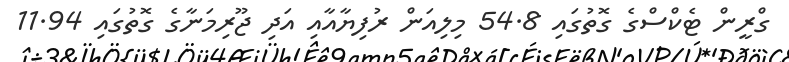
ގްރީން ޓެކްސްގެ ގޮތުގައި 54.8 މިލިއަން ރުފިޔާއާއި އަދި ޖޫރިމަނާގެ ގޮތުގައި 11.94